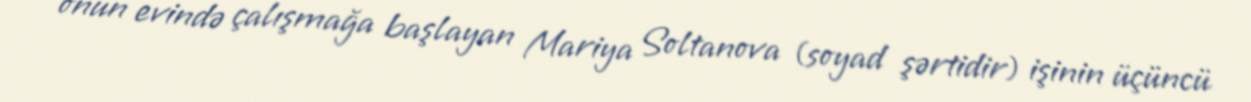
onun evində çalışmağa başlayan Mariya Soltanova (soyad şərtidir) işinin üçüncü